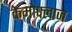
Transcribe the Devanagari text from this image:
केमोफ्लाज